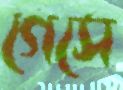
গেসে